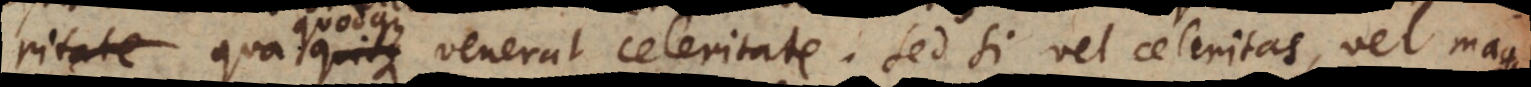
odque venerat celeritate. Sed si vel celeritas, vel magni